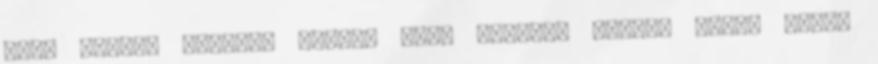
mák, cukor, tejszín darált mák, reszelt citrom héja, alma,